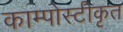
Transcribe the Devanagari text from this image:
काम्पोस्टीकृत